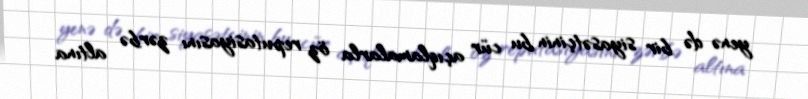
yenə də bir siyasətçinin bu cür açıqlamalarla öz reputasiyasını zərbə altına